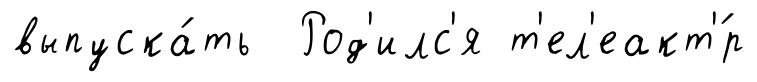
выпуска́ть Род'илс'я т'ел'еакт'́р